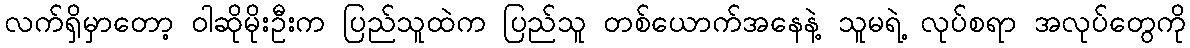
လက်ရှိမှာတော့ ဝါဆိုမိုးဦးက ပြည်သူထဲက ပြည်သူ တစ်ယောက်အနေနဲ့ သူမရဲ့ လုပ်စရာ အလုပ်တွေကို